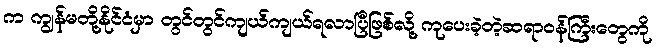
က ကျွန်မတို့နိုင်ငံမှာ တွင်တွင်ကျယ်ကျယ်ရလာပြီဖြစ်လို့ ကုပေးခဲ့တဲ့ဆရာဝန်ကြီးတွေကို